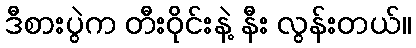
ဒီစားပွဲက တီးဝိုင်းနဲ့ နီး လွန်းတယ်။